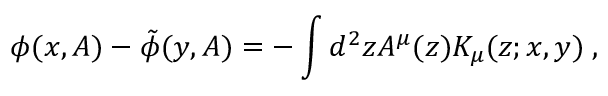
\phi ( x , { \cal A } ) - \tilde { \phi } ( y , { \cal A } ) = - \int d ^ { 2 } z { \cal A } ^ { \mu } ( z ) { \cal K } _ { \mu } ( z ; x , y ) \; ,